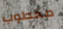
مخطوب